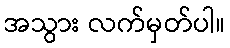
အသွား လက်မှတ်ပါ။